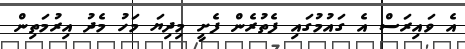
އެ ވައިރަސް އެ ގައުމުގައި ފެތުރެން ފެށީ މިދިޔަ މަހު މެދު އިރުމަތިން